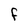
Character: f